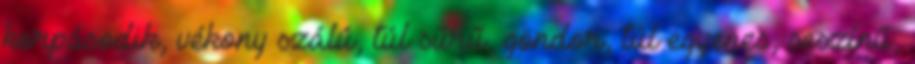
korpásodik, vékony szálú, túl sűrű, göndör, túl egyenes, seszínű,